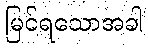
မြင်ရသောအခါ